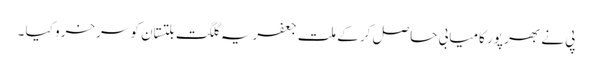
پی نے بھر پور کامیابی حاصل کر کے ملت جعفریہ گلگت بلتستان کو سرخرو کیا ۔